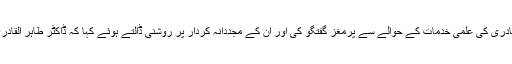
انہوں نے اپنے خطاب میں شیخ الاسلام ڈاکٹر طاہر القادری کی علمی خدمات کے حوالے سے پرمغز گفتگو کی اور ان کے مجددانہ کردار پر روشنی ڈالتے ہوئے کہا کہ ڈاکٹر طاہر القادری کی علمی خدمات سے کئی صدیاں فائدہ اٹھائیں گی۔